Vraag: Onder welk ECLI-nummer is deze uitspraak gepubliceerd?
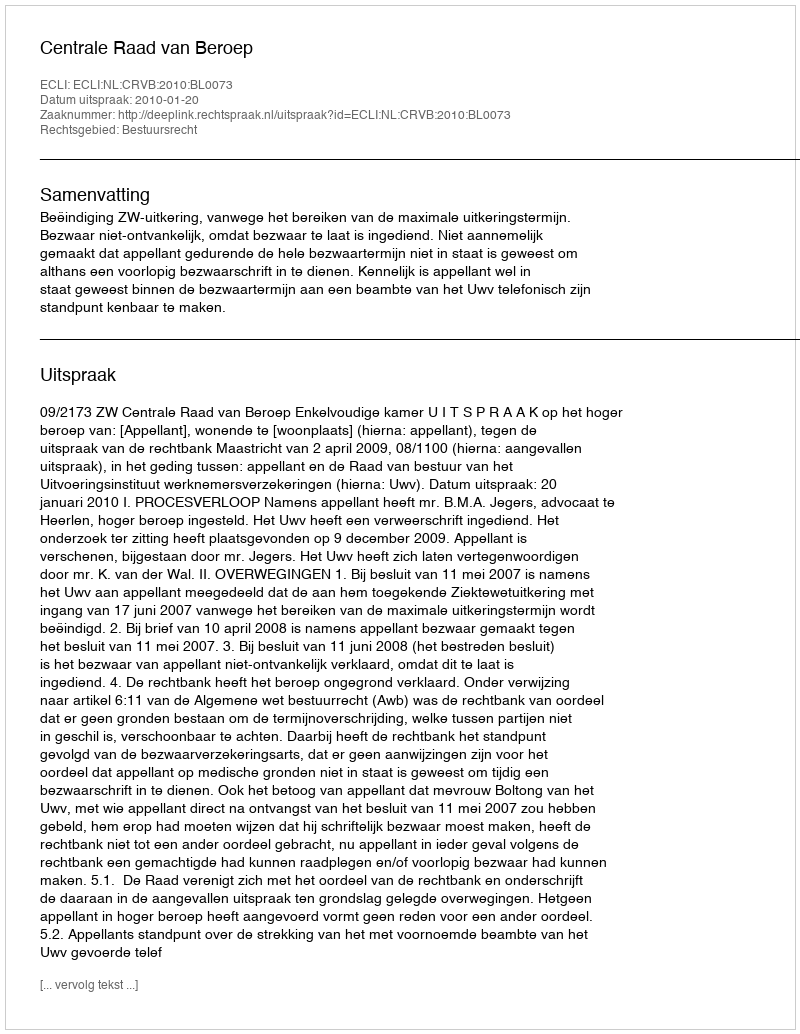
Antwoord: ECLI:NL:CRVB:2010:BL0073